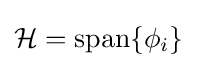
{\mathcal {H}}=\operatorname {span} \{\phi _{i}\}